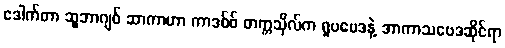
ဒေါက်တာ ဆူဘာဂျစ် ဆာကာဟာ ကာဒစ်ဖ် တက္ကသိုလ်က ရူပဗေဒနဲ့ အာကာသဗေဒဆိုင်ရာ